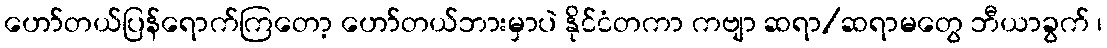
ဟော်တယ်ပြန်ရောက်ကြတော့ ဟော်တယ်ဘားမှာပဲ နိုင်ငံတကာ ကဗျာ ဆရာ/ဆရာမတွေ ဘီယာခွက် ၊